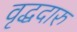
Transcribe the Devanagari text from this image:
वृद्धदारु